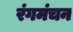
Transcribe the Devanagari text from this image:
रंगमंचन